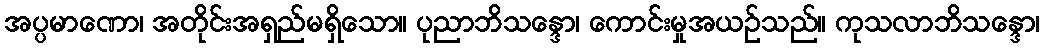
အပ္ပမာဏော၊ အတိုင်းအရှည်မရှိသော။ ပုညာဘိသန္ဒော၊ ကောင်းမှုအယဉ်သည်။ ကုသလာဘိသန္ဒော၊